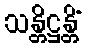
သန္တိဋ္ဌန္တိံ